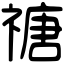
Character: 禟